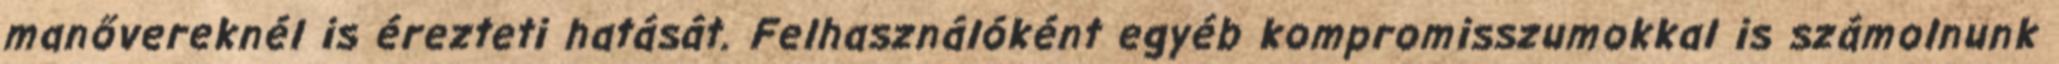
manővereknél is érezteti hatását. Felhasználóként egyéb kompromisszumokkal is számolnunk